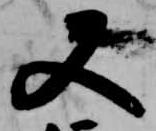
又